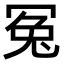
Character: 冤